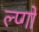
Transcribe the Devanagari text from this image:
ल्प्गों